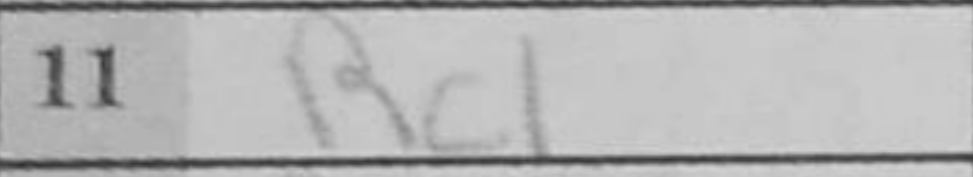
Transcription: Rc1